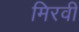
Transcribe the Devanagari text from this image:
मिरवी